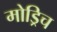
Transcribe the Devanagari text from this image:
मोड्रिच